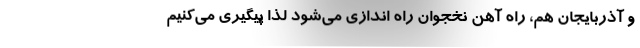
و آذربایجان هم، راه آهن نخجوان راه اندازی می‌شود لذا پیگیری می‌کنیم